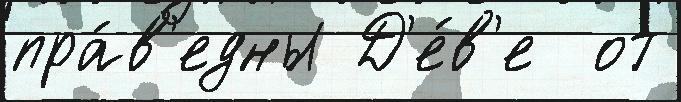
пра́в'едны Д'е́в'е  от